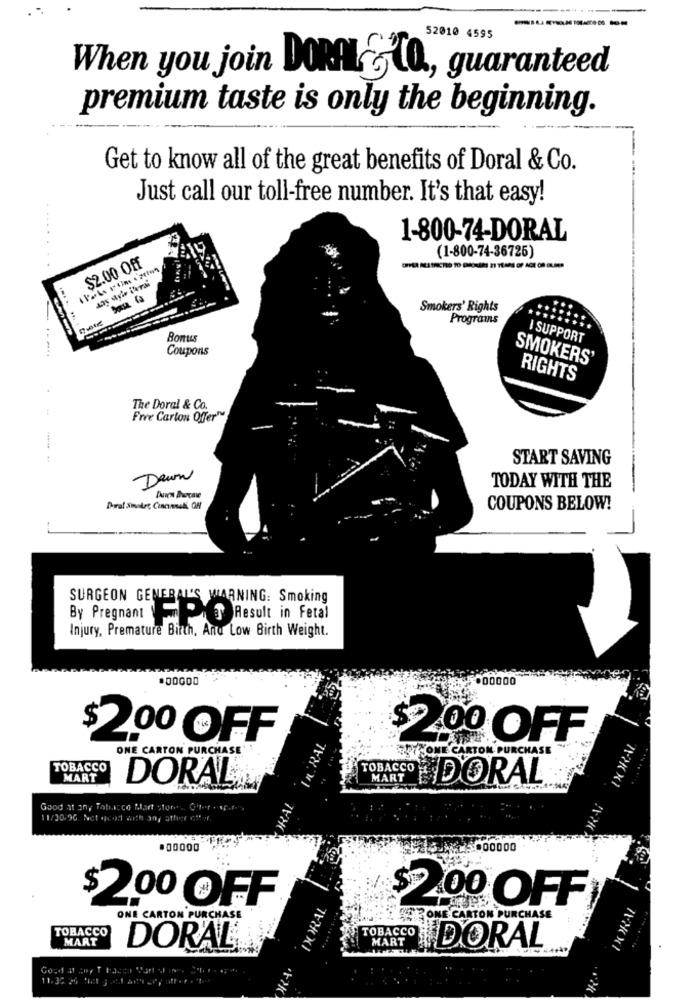
52010 4595
When you join DonATO, guaranteed
premium taste is only the beginning.
Get to know all of the great benefits of Doral & Co.
Just call our toll-free number. It's that easy!
1-800-74-DORAL
(1-800-74-36725)
$2.00 Off
day aris ikra!
Smokers' Rights
Programs
Bonus
I SUPPORT
Coupons
SMOKERS'
RIGHTS
The Doral & Co.
Free Carton Offer™
:
START SAVING
Dawn
TODAY WITH THE
COUPONS BELOW!
SURGEON GENERAL'S WARNING: Smoking
By Pregnant " Result in Fetal
Injury, Premature Birth, And Low Birth Weight.
.00000
$2.00 OFF
URAL
$2200 OFF
ONE CARTON PURCHASE
PYLONE CARTON PURCHASE
TOBACCO
TOBACCO
MART
DORAL
MART
DORAL
ORAL
Good at an, Tabacco Mart Stores Giler . F.f
11/20/96. Net acod with any other etfor.
5000000
DORAL
$200 OFF
$2.00 OFF
ONE CARTON PURCHASE
SER ONE CARTON PURCHASE
TOBACCO
MART
TOBACCO
MART
DORAL®
DORAL
11.32:25 'iet ; 2.1 art cpy oft .r . t ...
. .. M